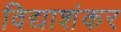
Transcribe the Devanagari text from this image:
विद्याशंकर